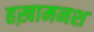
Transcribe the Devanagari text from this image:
हख़ामनश